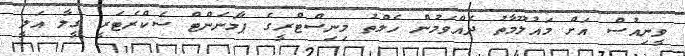
ވީނިއުސް އަށް މައުލޫމާތު ދެއްވަމުން ހެލްތު މިނިސްޓްރީގެ ޕާމަނަންޓް ސެކްރެޓަރީ ގީލާ އަލީ